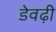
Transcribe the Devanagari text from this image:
डेवढ़ी